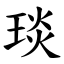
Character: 琰